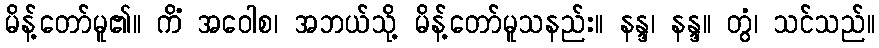
မိန့်တော်မူ၏။ ကိံ အဝေါစ၊ အဘယ်သို့ မိန့်တော်မူသနည်း။ နန္ဒ၊ နန္ဒ။ တွံ၊ သင်သည်။